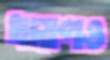
ধারণও